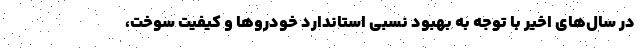
در سال‌های اخیر با توجه به بهبود نسبی استاندارد خودرو‌ها و کیفیت سوخت،